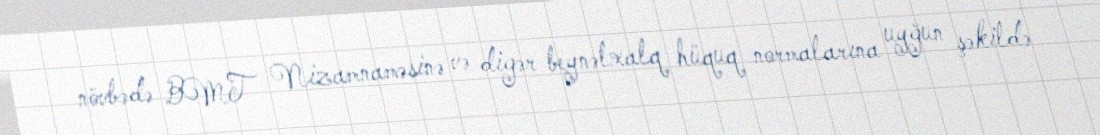
növbədə BMT Nizamnaməsinə və digər beynəlxalq hüquq normalarına uyğun şəkildə